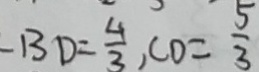
- B D = \frac { 4 } { 3 } , C D = \frac { 5 } { 3 }